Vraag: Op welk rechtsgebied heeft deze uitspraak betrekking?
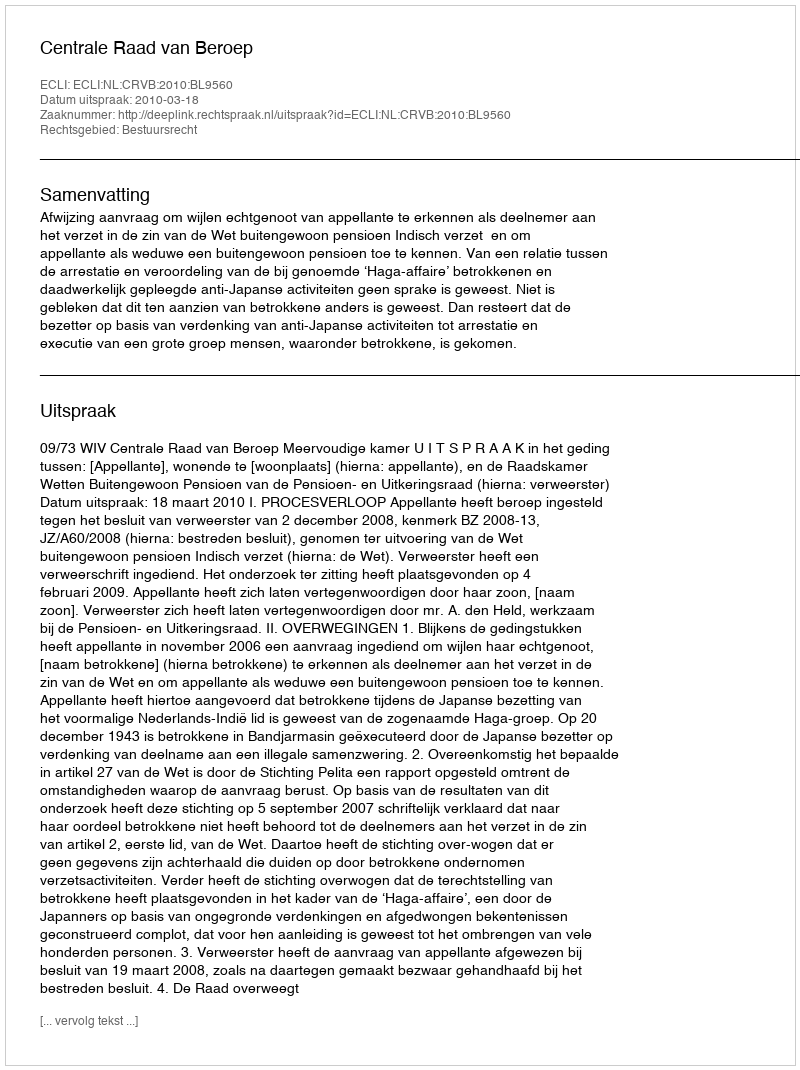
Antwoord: Bestuursrecht